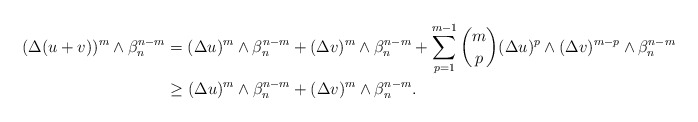
\begin{align*} \begin{aligned}(\Delta (u+v))^m\wedge\beta_n^{n-m}&=(\Delta u)^m\wedge\beta_n^{n-m}+(\Delta v)^m\wedge\beta_n^{n-m}+\sum\limits_{p=1}^{m-1}\binom{m}{p}(\Delta u)^p\wedge(\Delta v)^{m-p}\wedge\beta_n^{n-m}\\&\geq (\Delta u)^m\wedge\beta_n^{n-m}+(\Delta v)^m\wedge\beta_n^{n-m}.\\\end{aligned} \end{align*}